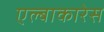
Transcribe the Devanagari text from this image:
एल्बाकारेस